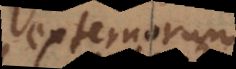
externorum